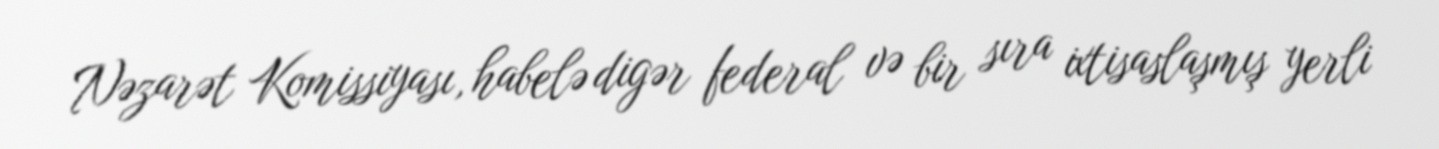
Nəzarət Komissiyası, habelə digər federal və bir sıra ixtisaslaşmış yerli